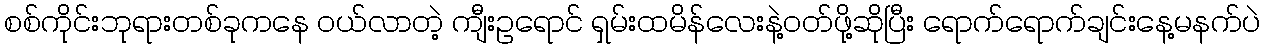
စစ်ကိုင်းဘုရားတစ်ခုကနေ ၀ယ်လာတဲ့ ကျီးဥရောင် ရှမ်းထမိန်လေးနဲ့၀တ်ဖို့ဆိုပြီး ရောက်ရောက်ချင်းနေ့မနက်ပဲ